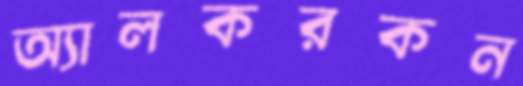
অ্যালকরকন